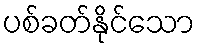
ပစ်ခတ်နိုင်သော